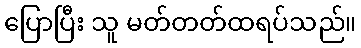
ပြောပြီး သူ မတ်တတ်ထရပ်သည်။